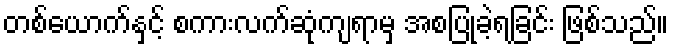
တစ်ယောက်နှင့် စကားလက်ဆုံကျရာမှ အစပြုခဲ့ရခြင်း ဖြစ်သည်။